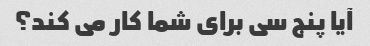
آیا پنج سی برای شما کار می کند؟